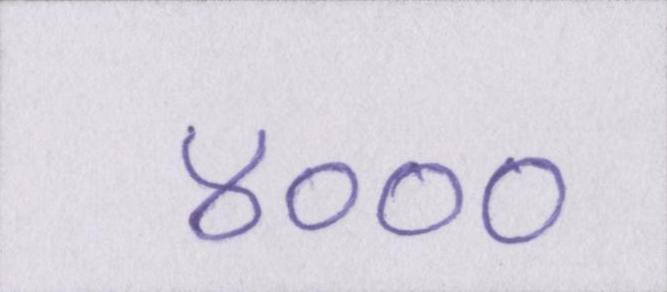
४०००